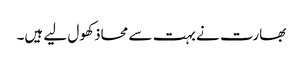
بھارت نے بہت سے محاذ کھول لیے ہیں۔